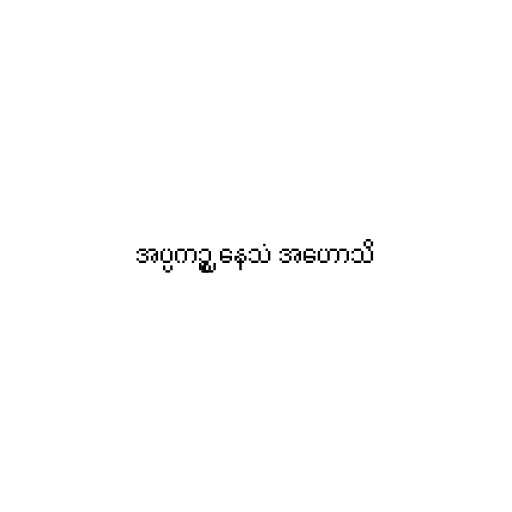
အပ္ပကဉ္စ နေသံ အဟောသိ